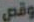
وقص